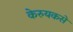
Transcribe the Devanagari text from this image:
केरुयकसे